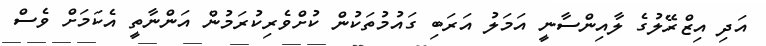
އަދި އިޒްރޭލުގެ ލާއިންސާނީ އަމަލު އަރަބި ގައުމުތަކުން ކުށްވެރިކުރަމުން އަންނާތީ އެކަމަށް ވެސް